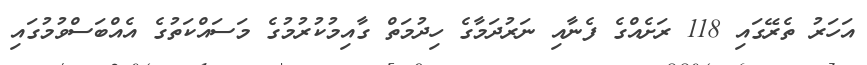
އަހަރު ތެރޭގައި 118 ރަށެއްގެ ފެނާއި ނަރުދަމާގެ ހިދުމަތް ގާއިމުކުރުމުގެ މަސައްކަތުގެ އެއްބަސްވުމުގައި